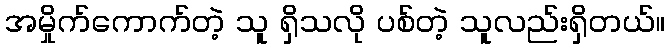
အမှိုက်ကောက်တဲ့ သူ ရှိသလို ပစ်တဲ့ သူလည်းရှိတယ်။